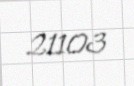
21103